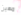
مهين